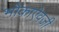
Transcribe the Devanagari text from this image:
भोकाऐवजी